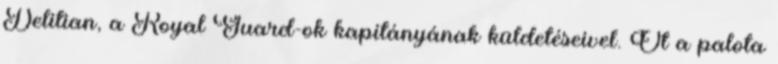
Delitian, a Royal Guard-ok kapitányának küldetéseivel. Őt a palota